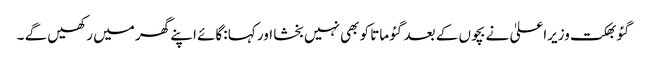
گئو بھکت وزیراعلیٰ نے بچوں کے بعد گئو ماتا کو بھی نہیں بخشا اور کہا :گائے اپنے گھر میں رکھیں گے ۔